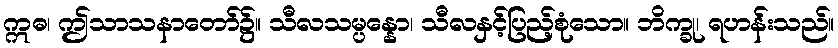
ဣဓ၊ ဤသာသနာတော်၌။ သီလသမ္ပန္နော၊ သီလနှင့်ပြည့်စုံသော။ ဘိက္ခု၊ ရဟန်းသည်။